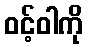
ဝင့်ဝါကို